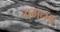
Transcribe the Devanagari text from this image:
गमनम्